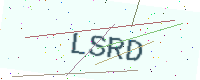
Text: LSRD